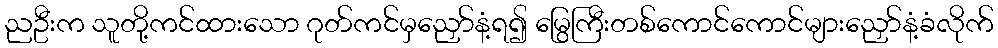
ညဦးက သူတို့ကင်ထားသော ဂုတ်ကင်မှညှော်နံ့ရ၍ မြွေကြီးတစ်ကောင်ကောင်များညှော်နံ့ခံလိုက်